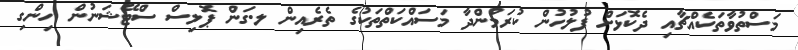
މަސްތުވާތަކެއްޗާއި ދެކޮޅަށް ފުލުހުން ކުރަމުންދާ މަސައްކަތްތަކުގެ ތެރެއިން ލ.ގަން ޕޮލިސް ސްޓޭޝަނުން ހިންގި